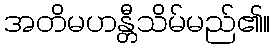
အတိမဟန္တီသိမ်မည်၏။